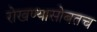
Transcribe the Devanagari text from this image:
रोखण्यासोबतच